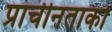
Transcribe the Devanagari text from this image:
प्राचीनताको